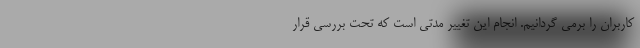
کاربران را برمی گردانیم. انجام این تغییر مدتی است که تحت بررسی قرار